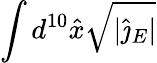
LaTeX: \int d^{10}\hat{x}\sqrt{|\hat{\jmath}_{E}|}